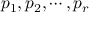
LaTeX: p _ { 1 } , p _ { 2 } , \cdots , p _ { r }